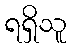
ရရှိသူ